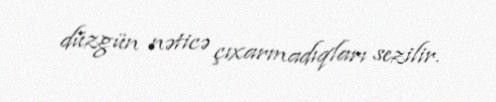
düzgün nəticə çıxarmadıqları sezilir.